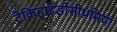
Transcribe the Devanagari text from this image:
टेकिहाइडीसीथमिया